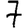
Digit: 7